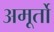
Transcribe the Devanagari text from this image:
अमूर्तो